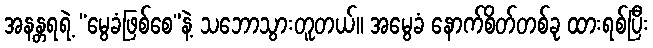
အနန္တရရဲ့ “မွေခံဖြစ်စေ”နဲ့ သဘောသွားတူတယ်။ အမွေခံ နောက်စိတ်တစ်ခု ထားရစ်ပြီး